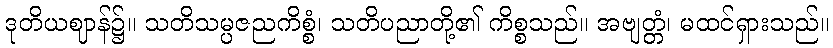
ဒုတိယဈာန်၌။ သတိသမ္ပဇညကိစ္စံ၊ သတိပညာတို့၏ ကိစ္စသည်။ အဗျတ္တံ၊ မထင်ရှားသည်။